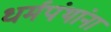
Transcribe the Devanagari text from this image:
धर्मपंथांना